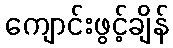
ကျောင်းဖွင့်ချိန်